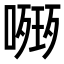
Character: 𭊧